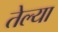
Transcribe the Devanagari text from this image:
तेल्या